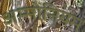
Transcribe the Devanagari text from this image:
अम्मोनियम